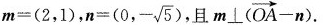
$$m = ( 2 ，1 )$$， $$n = ( 0 , - \sqrt { 5 } )$$，且m⊥($$\overrightarrow { O A } - n$$).